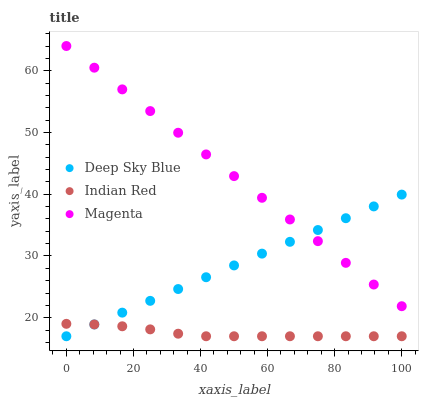
| xaxis_label | Deep Sky Blue | Indian Red | Magenta |
 | --- | --- | --- | --- |
 | 0 | 17 | 19 | 64 |
 | 8.33 | 18.9 | 18.9 | 60.5 |
 | 16.7 | 20.8 | 18.6 | 57 |
 | 25 | 22.7 | 18.1 | 53.5 |
 | 33.3 | 24.6 | 17.4 | 50 |
 | 41.7 | 26.6 | 17 | 46.4 |
 | 50 | 28.5 | 17 | 42.9 |
 | 58.3 | 30.4 | 17 | 39.4 |
 | 66.7 | 32.3 | 17 | 35.9 |
 | 75 | 34.2 | 17 | 32.4 |
 | 83.3 | 36.1 | 17 | 28.9 |
 | 91.7 | 38 | 17 | 25.4 |
 | 100 | 39.9 | 17 | 21.9 |